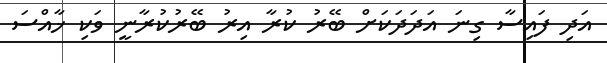
އަދި ފައިސާ ގިނަ އަދަދަކަށް ބޭރު ކުރާ އިރު ބޭރުކުރާނީ ވަކި ޚާއްސަ